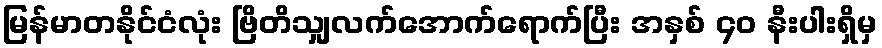
မြန်မာတနိုင်ငံလုံး ဗြိတိသျှလက်အောက်ရောက်ပြီး အနှစ် ၄၀ နီးပါးရှိမှ